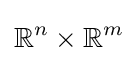
\mathbb {R} ^{n}\times \mathbb {R} ^{m}